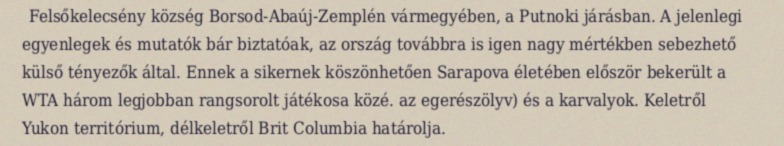
Felsőkelecsény község Borsod-Abaúj-Zemplén vármegyében, a Putnoki járásban. A jelenlegi egyenlegek és mutatók bár biztatóak, az ország továbbra is igen nagy mértékben sebezhető külső tényezők által. Ennek a sikernek köszönhetően Sarapova életében először bekerült a WTA három legjobban rangsorolt játékosa közé. az egerészölyv) és a karvalyok. Keletről Yukon territórium, délkeletről Brit Columbia határolja.